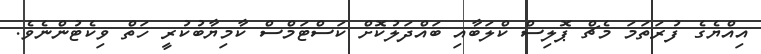
އިއްޔެގެ ފުރަތަމަ މެޗް ޕޮލިސް ކްލަބާއި ބައްދަލުކޮށް ކަސްޓަމްސް ކާމިޔާބުކުރީ ހަތް ވިކެޓުންނެވެ.